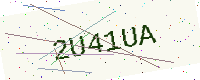
Text: 2U41UA